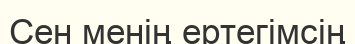
Сен менің ертегімсің